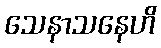
သေနာသနေဟိ